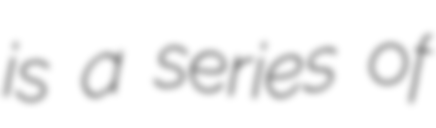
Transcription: is a series of